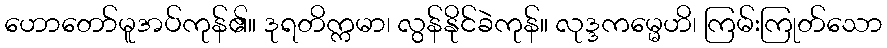
ဟောတော်မူအပ်ကုန်၏။ ဒုရတိက္ကမာ၊ လွန်နိုင်ခဲကုန်။ လုဒ္ဒကမ္မေဟိ၊ ကြမ်းကြုတ်သော